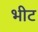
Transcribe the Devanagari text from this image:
भीट